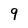
Character: 9